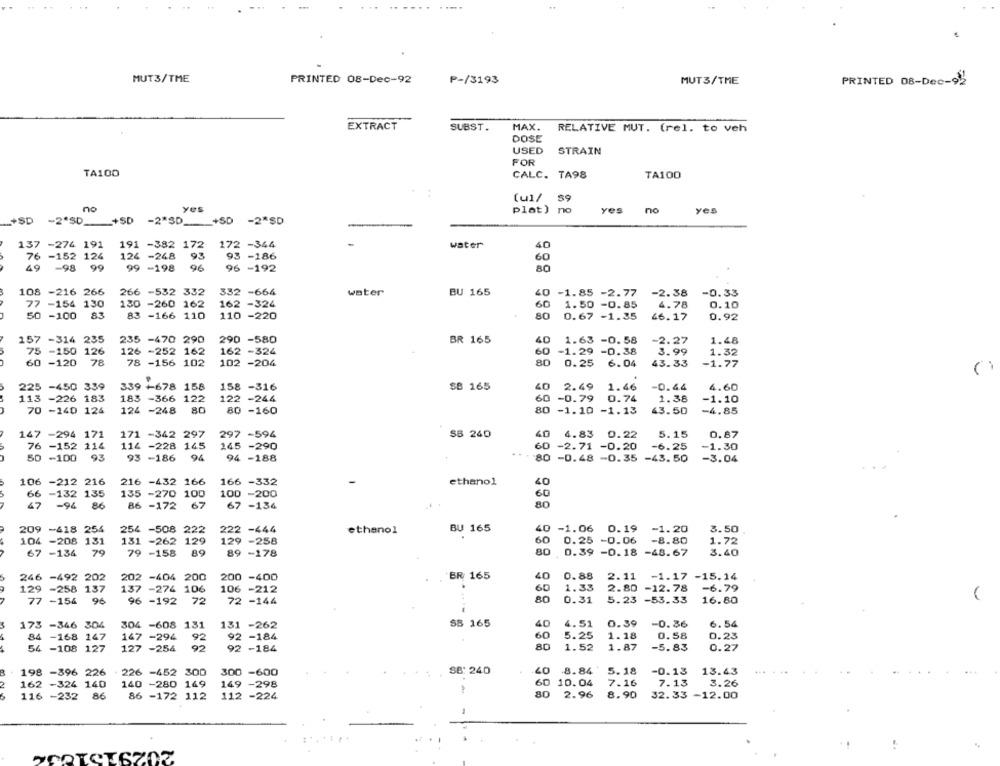
MUT3/TME
PRINTED 08-Dec-92
P-/3193
MUT3/TME
PRINTED 08-Dec-92
EXTRACT
SUBST.
MAX.
RELATIVE MUT. (rel. to veh
DOSE
USED
STRAIN
FOR
TA100
CALC. TA98
TA100
[u]/ $9
nc
yes
plat) no
yes
no
yes
+SD -2"SD_+SD -2"SD_+SD -2*SD
137 -274 191
191 -382 172
172 -344
water
40
5 -152 124
124 -248
93
93 -186
60
49
-98
99
99 -198
96
96 -192
80
108 -216 266
266 -532 332
332 -664
water
BU 165
40
-1.85 -2.77
-2.38
-0.33
77 -154 130
180 -260 162
162 -324
60
1.50 -0.85
4.78
0.10
50 -100 83
83 -166 110
110 -220
80
0.67 -1.35
46.17
0.92
157 -314 235
235 -470 290
290 -580
BR 165
40
1.63 -0.58
-2.27
1.48
75 -150 126
126 -252 162
162 -324
60
-1.29 -0.38
3.99
1.32
60 -120
78
78 -156 102
102 -204
80
0.25
6.04
43.33
-1.77
225 -450 339
339 +678 158
158 -316
SB 165
40
2.49
1.46
-0.44
4.60
113 -226 183
183 -366 122
122 -244
60 -0.79
0.74
1.38
-1.10
70 -140 124
124 -248
80
80 -160
80 -1.10 -1.13
43.50
-4.85
147 -294 171
171 -342 297
297 -594
297
SB 240
40
4.83
0.22
5.15
0.87
114 -228 145
76 -152 114
245
145 -290
60 -2.71 -0.20
-6.25
-1.30
50 -100
93
93 -186
94
94 -188
80 -0.48 -0.35 -43.50
-3.04
106 -212 216
216 -432 166
166 -332
ethanol
40
66 -132 135
135 -270 100
100
-200
60
67
-94 86
86 -172
67
67 -134
80
209
-418 254
254 -508 222
222 -444
BU 165
40
-1.06 0.19 -1.20
3.50
222
ethanol
104 -208 131
131 -262 129
129
129 -258
60
0.25 -0.06
-8.80
1.72
67 -134
79
79 -158
89
80 0.39 -0.18 -48.67
3.40
89 -178
BR: 165
246 -492 202
202 -404 200
200 -400
40
0.88
2.11
-1.17 -15.14
129 -258 137
137
-274 106
106 -212
60
1.33
2.80 -12.78
-6.79
77 -154 96
96 -192 72
72 -144
80
0.31
5.23
-53.33
16.80
173 -346 304
304 -608 131
131 -262
SB 165
40
4.51
0.39
-0.36
6.54
84 -168 147
147 -294
92
92
-184
60
5.25
1.18
0.58
0.23
54 -108 127
127 -254
92
92 -184
80
1.52
1.87
-5.83
0.27
198 -396 226
226
-452 300
300 -600
SB: 240
40
8.84
5.18
-0.13
13.43
162 -324 140
140 -280
149
149 -298
60 10.04
7.16
7.13
3.26
149
116 -232 86
86 -172 112
112 -224
80
2.96
8.90
32.33
-12.00